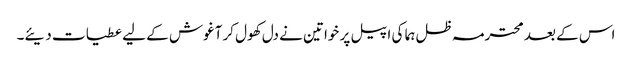
اس کے بعد محترمہ ظل ہما کی اپیل پر خواتین نے دل کھول کر آغوش کے لیے عطیات دیئے۔